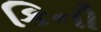
કિની